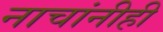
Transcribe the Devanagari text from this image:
नाचांनीही